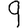
Digit: 9